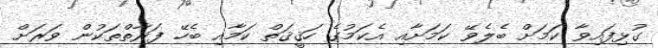
ގުޅިފައިވާ ކަމަށް ބެލެވޭ ކަމަށާއި އެކަމުގެ ހަޤީޤަތް ކަމާއި ބެހޭ ފަރާތްތަކުން ވަރަށް